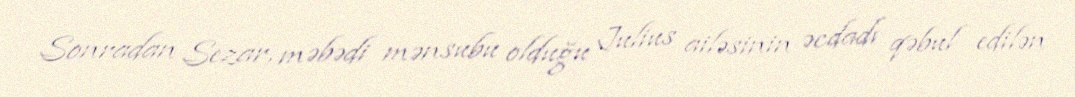
Sonradan Sezar, məbədi mənsubu olduğu Julius ailəsinin əcdadı qəbul edilən